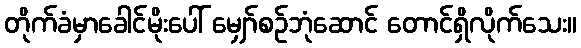
တိုက်ခံမှာခေါင်မိုးပေါ် မျှော်စဉ်ဘုံဆောင် တောင်ရှိလိုက်သေး။